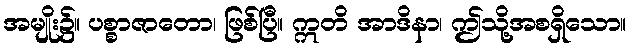
အမျိုး၌။ ပစ္စာဇာတော၊ ဖြစ်ပြီ။ ဣတိ အာဒိနာ၊ ဤသို့အစရှိသော။